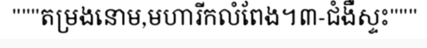
"""តម្រងនោម,មហារីកលំពែង។៣-ជំងឺស្ទះ"""